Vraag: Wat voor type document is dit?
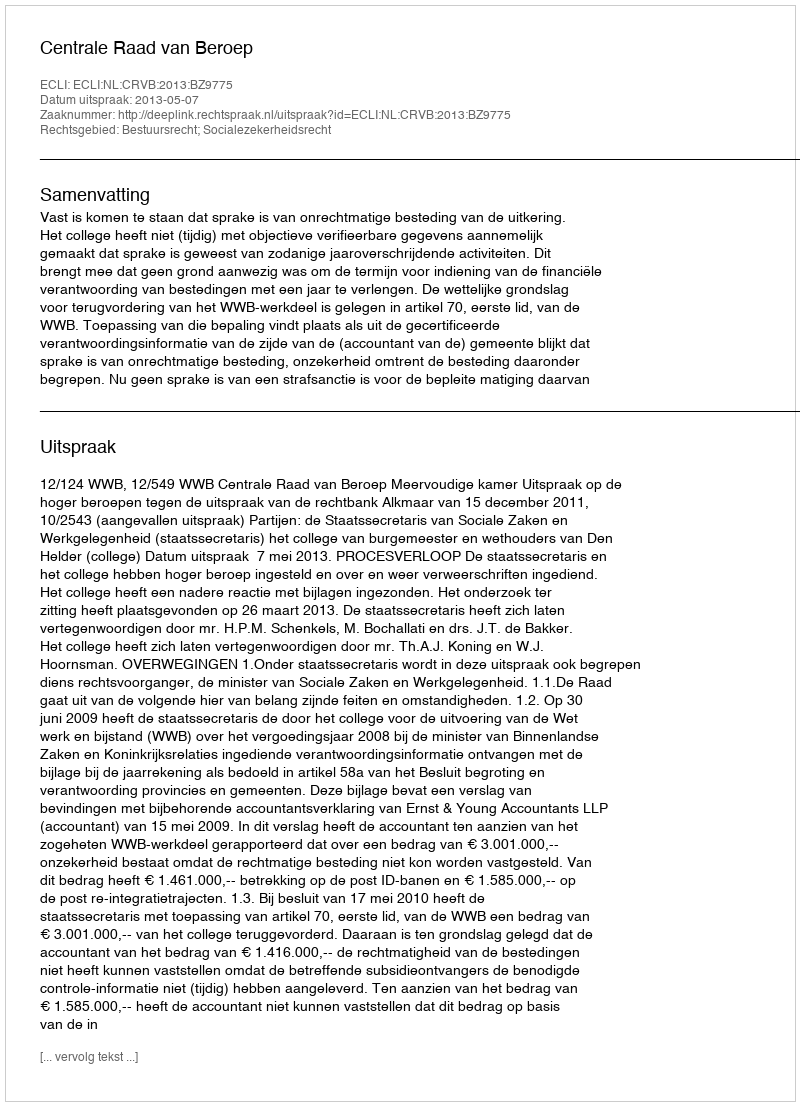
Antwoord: Uitspraak